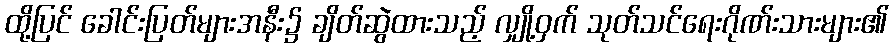
ထို့ပြင် ခေါင်းပြတ်များအနီး၌ ချိတ်ဆွဲထားသည့် လျှို့ဝှက် သုတ်သင်ရေးဂိုဏ်းသားများ၏